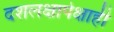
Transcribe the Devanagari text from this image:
दशलक्षापेक्षाही